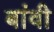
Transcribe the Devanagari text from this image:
बांवी